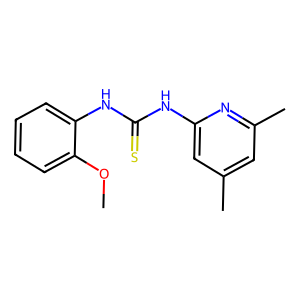
SMILES: COc1ccccc1NC(=S)Nc1cc(C)cc(C)n1
Inhibits HIV replication: No